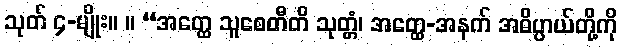
သုတ် ၄-မျိုး။ ။ “အတ္ထေ သူစေတီတိ သုတ္တံ၊ အတ္ထေ-အနက် အဓိပ္ပာယ်တို့ကို